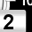
Digit: 2